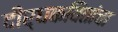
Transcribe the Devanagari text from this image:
दीर्घकवितांचा